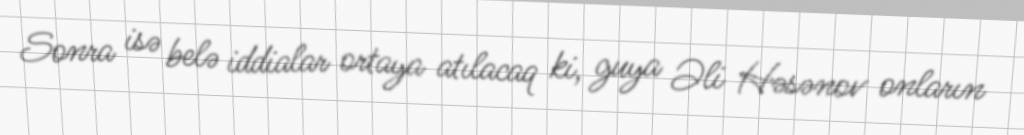
Sonra isə belə iddialar ortaya atılacaq ki, guya Əli Həsənov onların